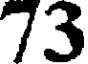
73